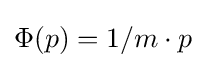
\Phi (p)=1/m\cdot p